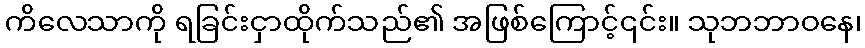
ကိလေသာကို ရခြင်းငှာထိုက်သည်၏ အဖြစ်ကြောင့်၎င်း။ သုဘဘာဝနေ၊